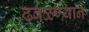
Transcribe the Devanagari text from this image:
ढवळण्याने